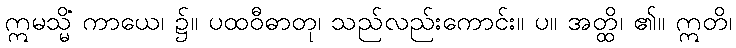
ဣမသ္မိံ ကာယေ၊ ၌။ ပထဝီဓာတု၊ သည်လည်းကောင်း။ ပ။ အတ္ထိ၊ ၏။ ဣတိ၊